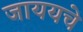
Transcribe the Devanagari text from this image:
जाययचे